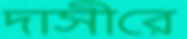
দাসীরে